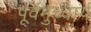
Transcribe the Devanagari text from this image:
पूर्वमुच्चार्य